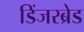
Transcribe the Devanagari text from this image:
डिंजरब्रेड